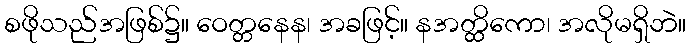
စဖိုသည်အဖြစ်၌။ ဝေတ္တနေန၊ အခဖြင့်။ နအတ္ထိကော၊ အလိုမရှိဘဲ။